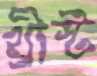
খ্রীস্ট